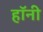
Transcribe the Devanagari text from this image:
हॉनी